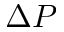
\Delta P